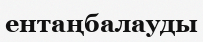
ентаңбалауды